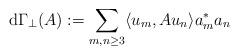
LaTeX: \begin{align*}\mathrm{d}\Gamma_\perp (A):=\sum_{m,n\ge3}\langle u_m,A u_n\rangle a^*_m a_n\end{align*}